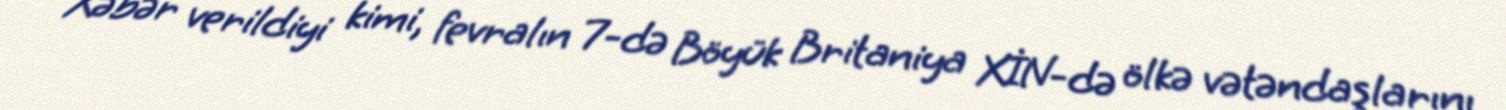
Xəbər verildiyi kimi, fevralın 7-də Böyük Britaniya XİN-də ölkə vətəndaşlarını